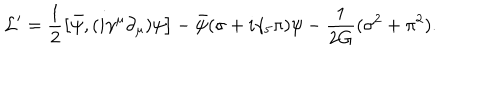
{ \cal L } ^ { \prime } = \frac { 1 } { 2 } \left[ \bar { \psi } , ( i \gamma ^ { \mu } \partial _ { \mu } ) \psi \right] - \bar { \psi } ( \sigma + i \gamma _ { 5 } \pi ) \psi - \frac { 1 } { 2 G } ( \sigma ^ { 2 } + \pi ^ { 2 } ) .